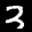
Label: 3